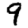
Digit: 9